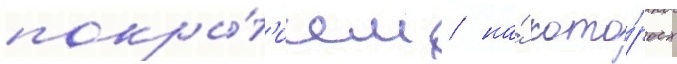
покры́т'ием / на́ кото́рых